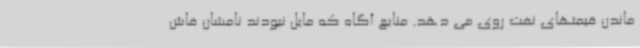
ماندن قیمتهای نفت روی می دهد. منابع آگاه که مایل نبودند نامشان فاش